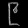
Digit: ၉